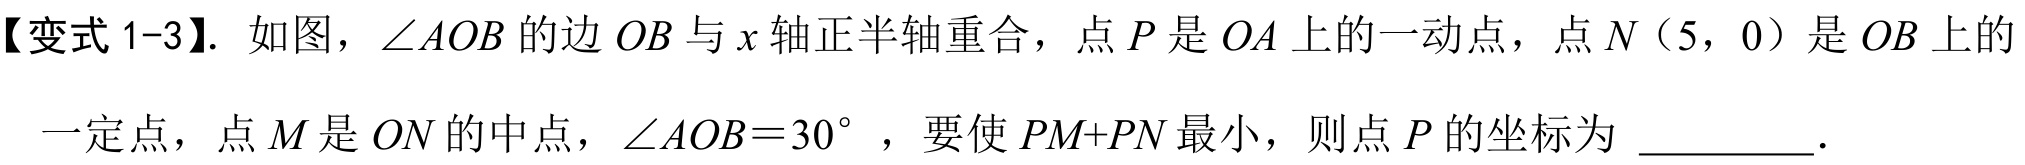
【变式1-3】. 如图，$\angle AOB$的边$OB$与$x$轴正半轴重合，点$P$是$OA$上的一动点，点$N(5,0)$是$OB$上的一定点，点$M$是$ON$的中点，$\angle AOB = 30^{\circ}$，要使$PM + PN$最小，则点$P$的坐标为 \_\_\_\_\_．